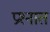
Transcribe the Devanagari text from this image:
प्रश्‍नात